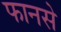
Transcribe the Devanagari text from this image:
फानसे